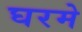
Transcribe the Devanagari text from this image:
घरमे